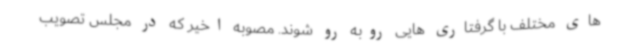
های مختلف با گرفتاری هایی روبه رو شوند. مصوبه اخیر که در مجلس تصویب